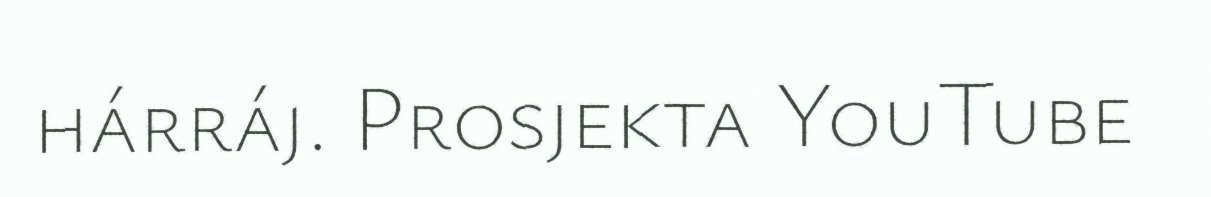
hárráj. Prosjekta YouTube